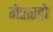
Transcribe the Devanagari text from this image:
गेरारदो